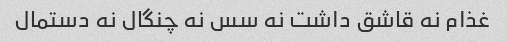
غذام نه قاشق داشت نه سس نه چنگال نه دستمال